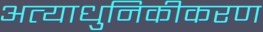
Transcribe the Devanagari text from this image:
अत्याधुनिकीकरण